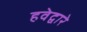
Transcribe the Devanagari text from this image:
हवेद्वारे